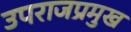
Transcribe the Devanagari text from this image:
उपराजप्रमुख